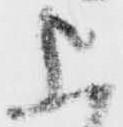
上